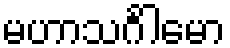
မဟာသင်္ဂါမော